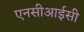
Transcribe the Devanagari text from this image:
एनसीआईसी